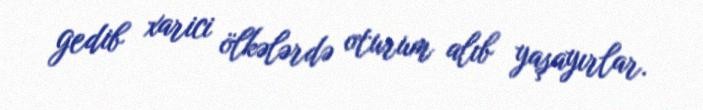
gedib xarici ölkələrdə oturum alıb yaşayırlar.